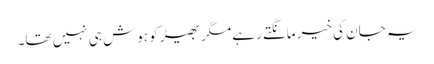
یہ جان کی خیر مانگتے رہے مگر بھیڑ کو ہوش ہی نہیں تھا۔